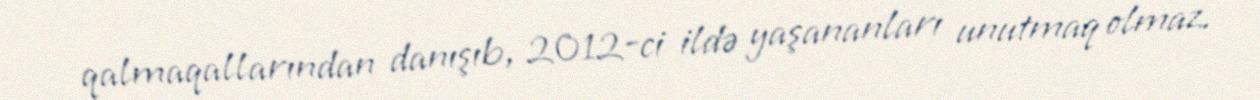
qalmaqallarından danışıb, 2012-ci ildə yaşananları unutmaq olmaz.